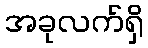
အခုလက်ရှိ